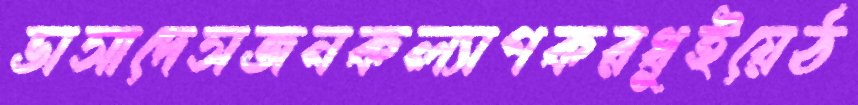
ভাসাদেসজনকল্যাণকরধুইয়েঠ